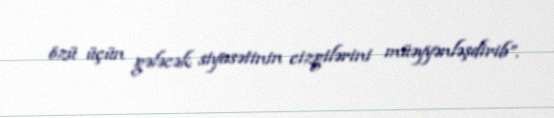
özü üçün gələcək siyasətinin cizgilərini müəyyənləşdirib”.